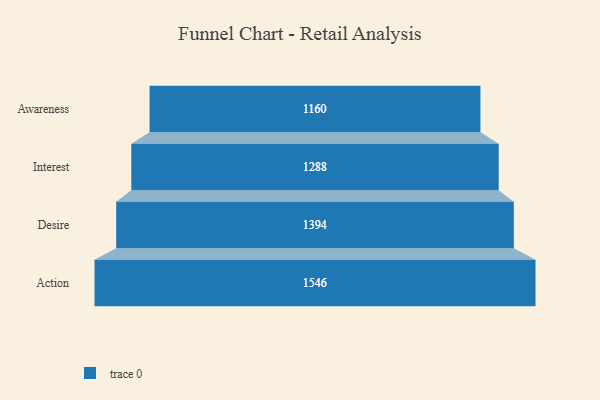
{"axis": {"x": "Stage", "y": "Value"}, "legend": [""], "data": [{"x": "Awareness", "y": 1160.0, "type": ""}, {"x": "Interest", "y": 1288.0, "type": ""}, {"x": "Desire", "y": 1394.0, "type": ""}, {"x": "Action", "y": 1546.0, "type": ""}]}